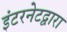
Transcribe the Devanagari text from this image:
इंटरनेटद्वारा